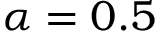
\alpha = 0 . 5